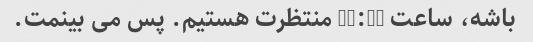
باشه، ساعت 11:30 منتظرت هستیم. پس می بینمت.